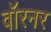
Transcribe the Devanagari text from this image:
वॉरनर